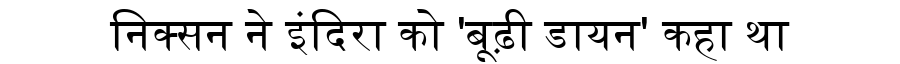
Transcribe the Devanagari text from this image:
निक्सन ने इंदिरा को 'बूढ़ी डायन' कहा था